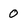
Character: 0